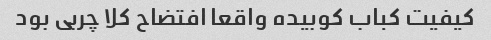
کیفیت کباب کوبیده واقعا افتضاح کلا چربی بود